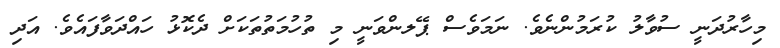
މިހާރުދަނީ ސުވާލު ކުރަމުންނެވެ. ނަމަވެސް ޕޭލންވަނީ މި ތުހުމަތުތަކަށް ދެކޮޅު ހައްދަވާފައެވެ. އަދި